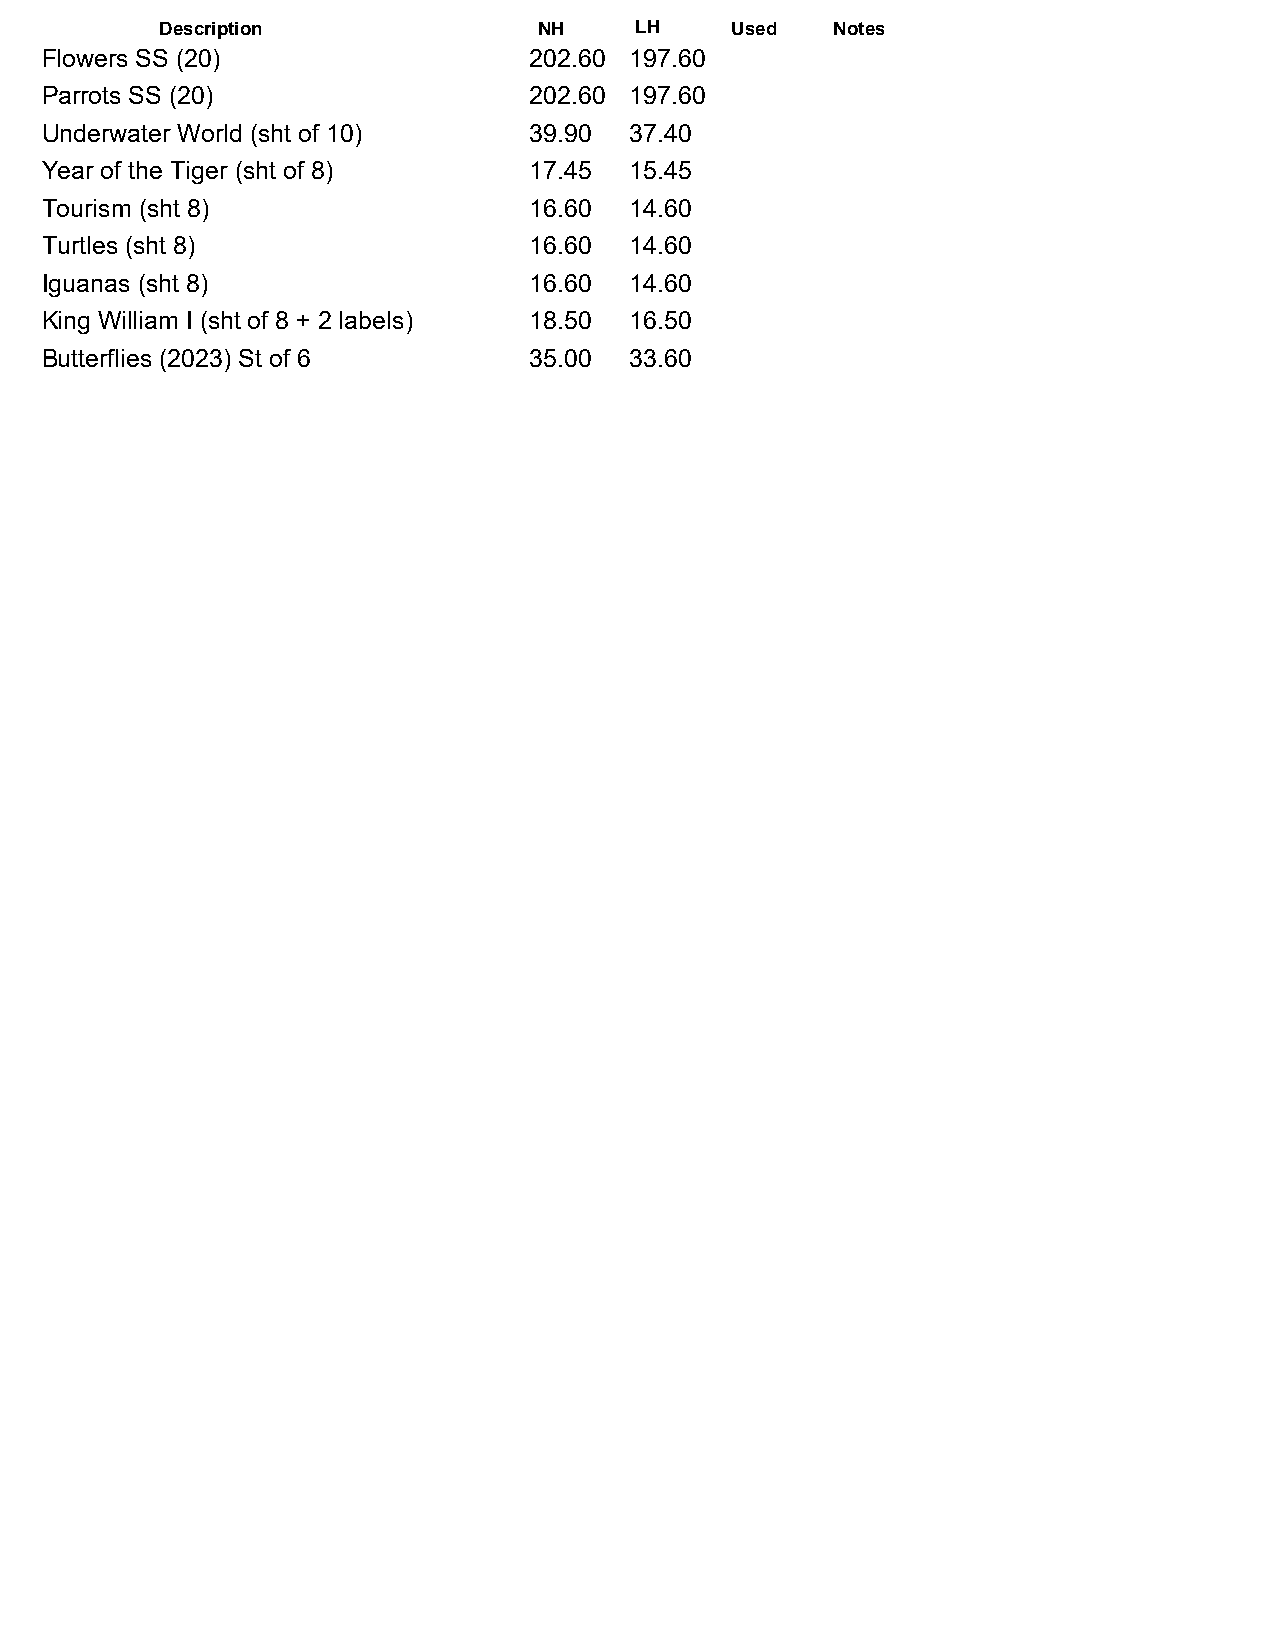
Description              NH    LH    Used   Notes
 Flowers SS (20)                 202.60 197.60
 Parrots SS (20)                 202.60 197.60
 Underwater World (sht of 10)    39.90  37.40
 Year of the Tiger (sht of 8)    17.45  15.45
 Tourism (sht 8)                 16.60  14.60
 Turtles (sht 8)                 16.60  14.60
 Iguanas (sht 8)                 16.60  14.60
 King William I (sht of 8 + 2 labels) 18.50 16.50
 Butterflies (2023) St of 6      35.00  33.60